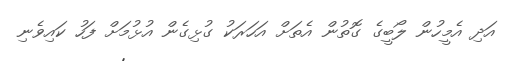
އަދި އެމީހުން ލޯބީގެ ގޮތުން އެތަށް އަހަރަކު ގުޅިގެން އުޅުމަށް ފަހު ކައިވެނި